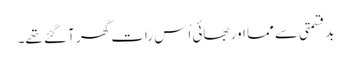
بدقسمتی سے مما اور بھائی اُس رات گھر آ گئے تھے۔